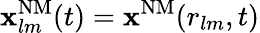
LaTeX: \mathbf{x}_{lm}^{\mathrm{{NM}}}(t)=\mathbf{x}^{\mathrm{{NM}}}(r_{lm},t)